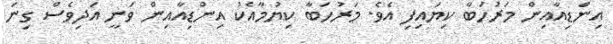
އިންޑިއާއިން މަރުހަބާ ކިޔައިފި އެވެ. މަރުހަބާ ކިޔުމާއެކު އިންޑިއާއިން ވަނީ އަދިވެސް ގިނަ